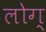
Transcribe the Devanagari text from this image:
लोग्